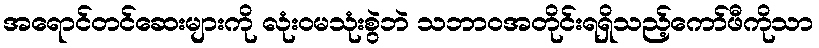
အရောင်တင်ဆေးများကို လုံးဝမသုံးစွဲဘဲ သဘာဝအတိုင်းရရှိသည့်ကော်ဖီကိုသာ